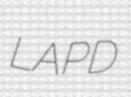
LAPD